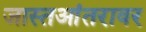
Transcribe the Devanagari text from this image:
जास्तआंतरावर